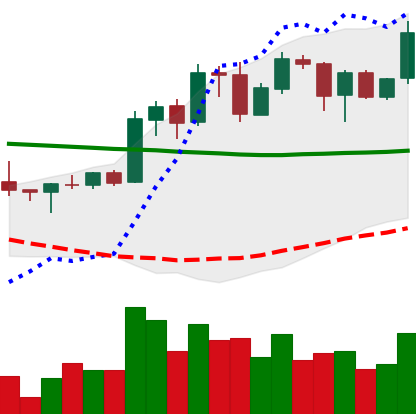
Ticker: ADA-USD
Chart end date: 2020-01-27
Forward return: 17.073%
Label: up_7plus